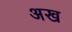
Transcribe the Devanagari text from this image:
अख